Annual administration report of the Civil Veterinary Department of India - 1898-1899
Year: 1898
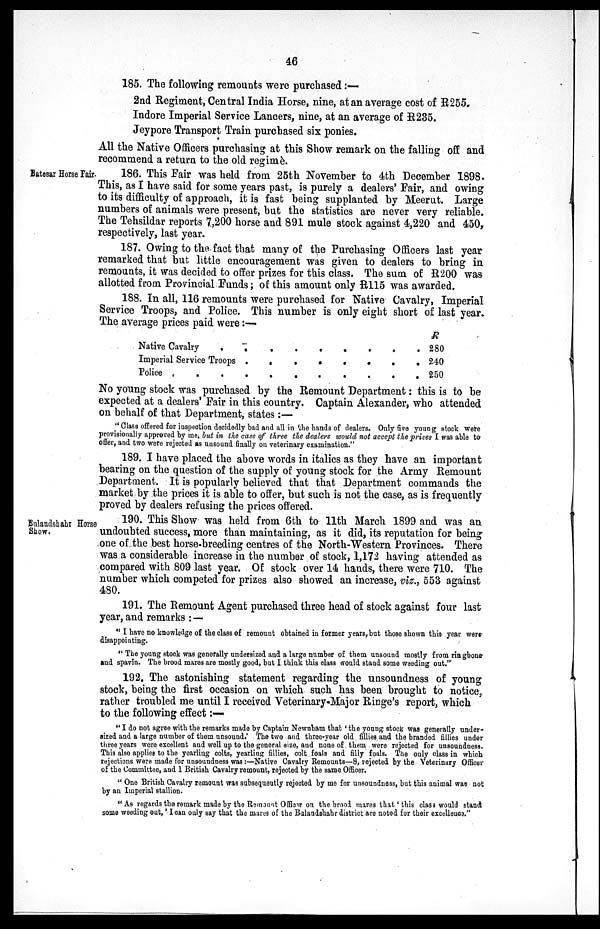
46
185. The following remounts were purchased:—
2nd Regiment, Central India Horse, nine, at an average cost of R255.
Indore Imperial Service Lancers, nine, at an average of R235.
Jeypore Transport Train purchased six ponies.
All the Native Officers purchasing at this Show remark on the falling off and
recommend a return to the old regimè.
Batesar Horse Fair.
186. This Fair was held from 25th November to 4th December 1898.
This, as I have said for some years past, is purely a dealers' Fair, and owing
to its difficulty of approach, it is fast being supplanted by Meerut. Large
numbers of animals were present, but the statistics are never very reliable.
The Tehsildar reports 7,200 horse and 891 mule stock against 4,220 and 450,
respectively, last year.
187. Owing to the fact that many of the Purchasing Officers- last year
remarked that but little encouragement was given to dealers to bring in
remounts, it was decided to offer prizes for this class. The sum of R200 was
allotted from Provincial Funds; of this amount only R115 was awarded.
188. In all, 116 remounts were purchased for Native Cavalry, Imperial
Service Troops, and Police. This number is only eight short of last year.
The average prices paid were:—
Native Cavalry . . . . . . . .
Imperial Service Troops . . . . . . . .
Police . . . . . . . .
R
280
240
250
No young stock was purchased by the Remount Department: this is to be
expected at a dealers' Fair in this country. Captain Alexander, who attended
on behalf of that Department, states :—
"Class offered for inspection decidedly bad and all in the hands of dealers. Only five young stock were
provisionally approved by me, but in the case of three the dealers would not accept the prices I was able to
offer, and two were rejected as unsound finally on veterinary examination."
189. I have placed the above words in italics as they have an important
bearing on the question of the supply of young stock for the Army Remount
Department. It is popularly believed that that Department commands the
market by the prices it is able to offer, but such is not the case, as is frequently
proved by dealers refusing the prices offered.
Bulandshahr Horse
Show.
190. This Show was held from 6th to 11th March 1899 and was an
undoubted success, more than maintaining, as it did, its reputation for being
one of the best horse-breeding centres of the North-Western Provinces. There
was a considerable increase in the number of stock, 1,172 having attended as
compared with 809 last year. Of stock over 14 hands, there were 710. The
number which competed for prizes also showed an increase, viz., 553 against
480.
191. The Remount Agent purchased three head of stock against four last
year, and remarks:—
"I have no knowledge of the class of remount obtained in former years, but those shown this year were
disappointing.
"The young stock was generally undersized and a large number of them unsound mostly from ringbone
and spavin. The brood mares are mostly good, but I think this class would stand some weeding out."
192. The astonishing statement regarding the unsoundness of young
stock, being the first occasion on which such has been brought to notice,
rather troubled me until I received Veterinary-Major Ringe's report, which
to the following effect:—
"I do not agree with the remarks made by Captain Newnham that 'the young stock was generally under-
sized and a large number of them unsound.' The two and three-year old fillies and the branded fillies under
three years were excellent and well up to the general size, and none of them were rejected for unsoundness.
This also applies to the yearling colts, yearling fillies, colt foals and filly foals. The only class in which
rejections were made for unsoundness was:—Native Cavalry Remounts—8, rejected by the Veterinary Officer
of the Committee, and 1 British Cavalry remount, rejected by the same Officer.
"One British Cavalry remount was subsequently rejected by me for unsoundness, but this animal was not
by an Imperial stallion.
"As regards the remark made by the Remount Officer on the brood mares that 'this class would stand
some weeding out,' I can only say that the mares of the Bulandshahr district are noted for their excellence."